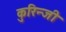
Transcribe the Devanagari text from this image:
कुरिन्‍जी